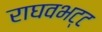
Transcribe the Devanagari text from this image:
राघवभट्ट